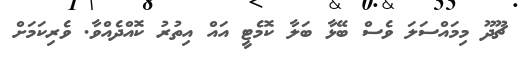
ޗޫދޫ މިމައްސަލަ ވެސް ބޭޅާ ބަލާ ކޮމެޓީ އައް އިތުރު ކޮއްދެއްވާ. ވެރިކަމަށް